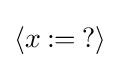
\langle x\mathbin {:=} {?}\rangle \,\!